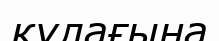
кұлағына